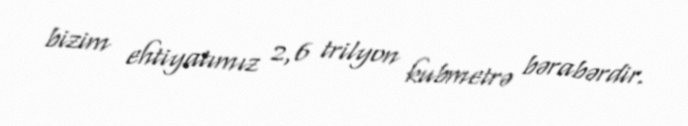
bizim ehtiyatımız 2,6 trilyon kubmetrə bərabərdir.